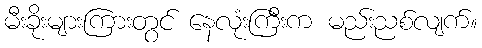
မီးခိုးများကြားတွင် နေလုံးကြီးက မည်းညစ်လျက်။